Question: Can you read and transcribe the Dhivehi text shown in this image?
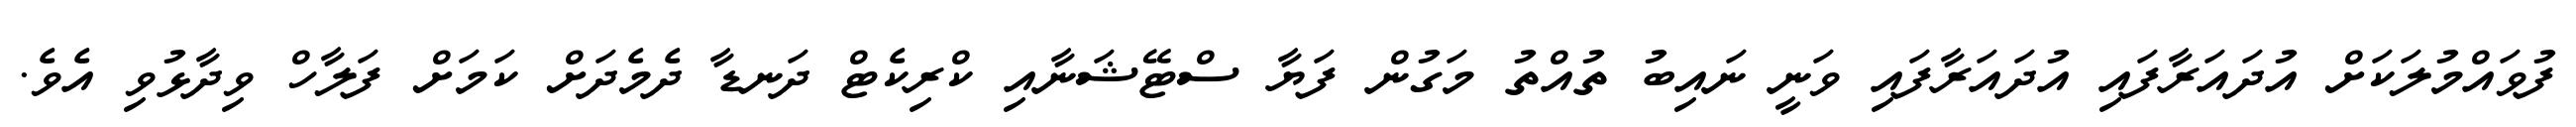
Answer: ފުވައްމުލަކަށް އުދައަރާފައި އުދައަރާފައި ވަނީ ނައިބު ތުއްތު މަގުން ފަޔާ ސްޓޭޝަނާއި ކްރިކެޓް ދަނޑާ ދެމެދަށް ކަމަށް ފަލާހް ވިދާޅުވި އެވެ.